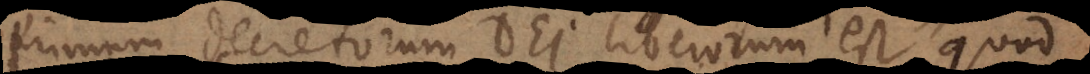
Primum decretorum Dei liberorum est quod